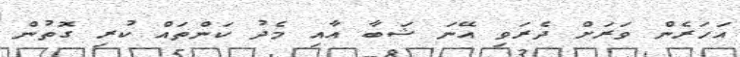
އަހަރެން ވަރަށް ދެރަވި އޭނަ ޝަބާ އާއި މެދު ކަންތައް ކުރި ގޮތުން